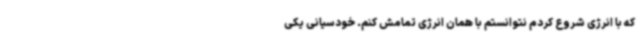
که با انرژی شروع کردم نتوانستم با همان انرژی تمامش کنم. خودسیانی یکی